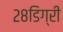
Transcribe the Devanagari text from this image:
२८डिग्री